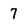
Character: 7